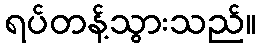
ရပ်တန့်သွားသည်။